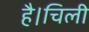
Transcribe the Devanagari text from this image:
है।चिली